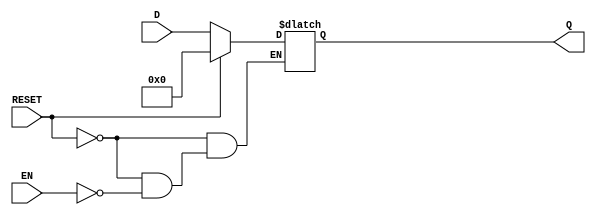
module LatchRegister #(
    parameter WIDTH = 8  // Define the width of the register (number of bits)
)(
    input wire [WIDTH-1:0] D,    // Data input
    input wire EN,                // Enable signal
    input wire RESET,             // Asynchronous reset signal
    output reg [WIDTH-1:0] Q      // Data output
);

    // Always block for the latch behavior
    always @(*) begin
        if (RESET) begin
            Q = {WIDTH{1'b0}};      // Reset the register to 0
        end else if (EN) begin
            Q = D;                  // Latch the input data when enabled
        end
    end

endmodule